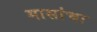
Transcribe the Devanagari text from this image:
मासांचा